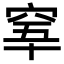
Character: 𥥫